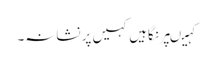
کہیںپر نگاہیں کہیں پر نشانہ۔